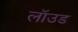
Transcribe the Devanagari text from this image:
लॉउड